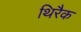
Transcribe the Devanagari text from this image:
थिरैक